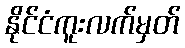
နိုင်ငံကူးလက်မှတ်